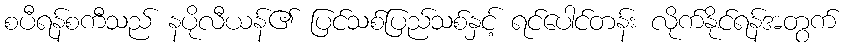
စပီရန်စကီသည် နပိုလီယန်၏ ပြင်သစ်ပြည်သစ်နှင့် ရင်ပေါင်တန်း လိုက်နိုင်ရန်အတွက်